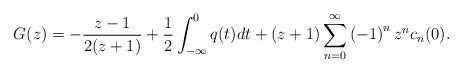
LaTeX: \begin{align*}G(z)=-\frac{z-1}{2(z+1)}+\frac{1}{2}\int_{-\infty}^{0}q(t)dt+(z+1)\sum_{n=0}^{\infty}\left( -1\right) ^{n}z^{n}c_{n}(0). \end{align*}